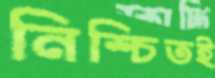
নিশ্চিতই